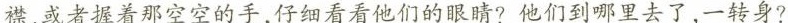
襟，或者握着那空空的手，仔细看看他们的眼睛?他们到哪里去了，一转身?